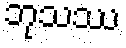
ဘုသဿ